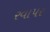
રવાપર